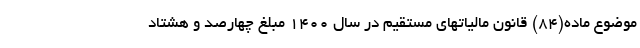
موضوع ماده(۸۴) قانون مالیاتهای مستقیم در سال ۱۴۰۰ مبلغ چهارصد و هشتاد